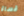
قساة